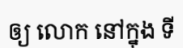
ឲ្យ លោក នៅក្នុង ទី